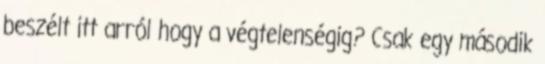
beszélt itt arról hogy a végtelenségig? Csak egy második